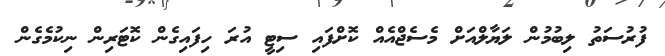
ފުރުސަތު ލިބުމުން ލަޔާލްއަށް މެސެޖްއެއް ކޮށްފައި ސިޓީ އުރަ ހިފައިގެން ކޮޓަރިން ނިކުމެގެން